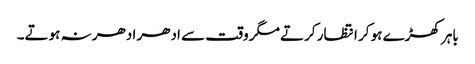
باہر کھڑے ہو کر انتظار کرتے مگر وقت سے ادھر ادھر نہ ہوتے۔